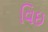
વિઇ